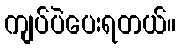
ကျပ်ပဲပေးရတယ်။